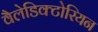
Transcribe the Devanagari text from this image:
वैलेडिक्टोरियन